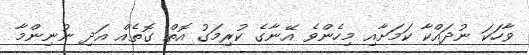
ވާހަކަ ނުދައްކާ ކަމަށާއި މިހެންވެ އޭނާގެ ކުރިމަގު އޮތް ގޮތެއް އަދި ނުނިންމާ